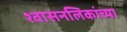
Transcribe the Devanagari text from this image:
श्‍वासनलिकांच्या